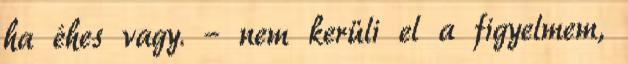
ha éhes vagy. – nem kerüli el a figyelmem,